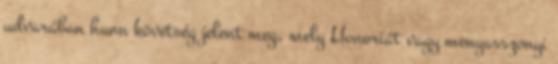
udvarában hunn követség jelent meg, mely Honoriát vagy menyasszonyi